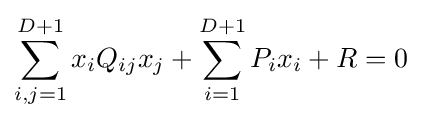
\sum _{i,j=1}^{D+1}x_{i}Q_{ij}x_{j}+\sum _{i=1}^{D+1}P_{i}x_{i}+R=0